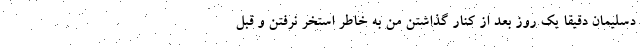
دسلیمان دقیقا یک روز بعد از کنار گذاشتن من به خاطر استخر نرفتن و قبل